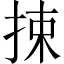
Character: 捒